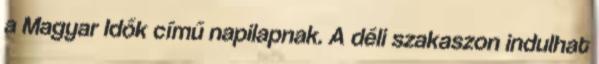
a Magyar Idők című napilapnak. A déli szakaszon indulhat